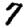
Digit: 7